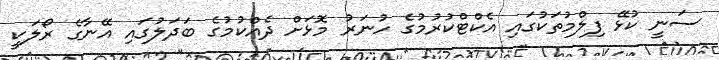
ސަނީ ކުޅޭ ފިލްމުތަކުގައި އެކްޓްކުރުމުގެ ހުނަރު މޮޅަށް ދެއްކުމުގެ ބަދަލުގައި އޭނާގެ ރޯލަކީ